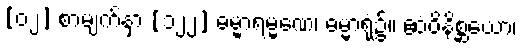
[၀၂] စာမျက်နှာ [၁၂၂] ဓမ္မာရမ္မဏေ၊ ဓမ္မာရုံ၌။ ဧဝံဝိနိစ္ဆယော၊